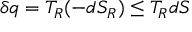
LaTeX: \delta q = T _ { R } ( - d S _ { R } ) \leq T _ { R } d S